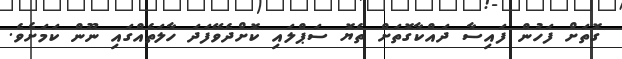
ގޮތަށް ފަހުން ފައިސާ ދައްކާގޮތަށް ތެޔޮ ސަޕްލައި ކޮށްދެވޭފަދަ ހާލަތެއްގައި ނޫން ކަމަށެވެ.